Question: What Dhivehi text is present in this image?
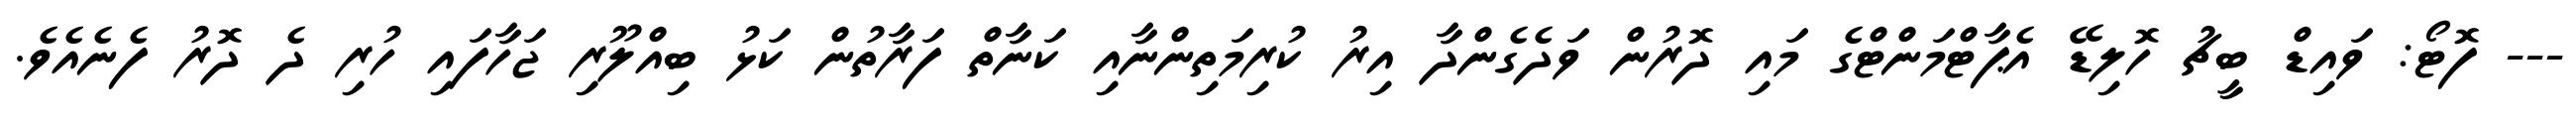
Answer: --- ފޮޓޯ: ވައިޑް ބީޗު ހޮލިޑޭ އެޕާޓްމަންޓްގެ މައި ދޮރުން ވަދެގެންދާ އިރު ކުރިމަތިންނާއި ކަނާތް ފަރާތުން ކަޅު ބިއްލޫރި ޖަހާފައި ހުރި ދެ ދޮރު ފެނެއެވެ.